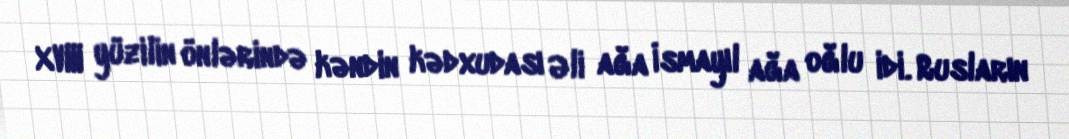
XVIII yüzilin önlərində kəndin kədxudası Əli ağa İsmayıl ağa oğlu idi. Rusların